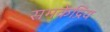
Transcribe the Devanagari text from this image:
समकेंद्रिय